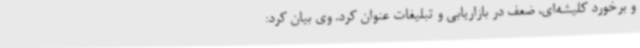
و برخورد کلیشه‌ای، ضعف در بازاریابی و تبلیغات عنوان کرد. وی بیان کرد: